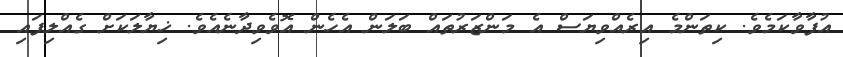
އުފާވާކަމެވެ. ކިތަންމެ އިރެއްވިޔަސް އެ މަންޒަރުތައް ބަލަން އެހެން އޮވެވިދާނެއެވެ. ޚިޔާލަކަށް ގެއްލިފައި